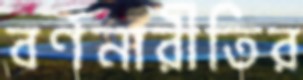
বর্ণনারীতির